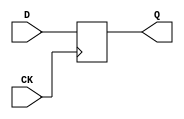
// Verilog
// 3 inputs
// 1 outputs
// 1 DFF

module dff (CK,Q,D);
input CK,D;
output Q;
reg Q;
always @ (posedge CK)
  Q <= D;
endmodule

module And_DFF_Or(in1,in2,in3,CK,out1);
input in1,in2,in3,CK;
output out1;

  wire w1,w2;
  and AND1(w1,in1,in2);
  dff DFF1(CK,w2,w1);
  or OR1(out1,w2,in3);

endmodule